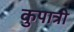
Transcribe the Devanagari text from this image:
कुपात्री